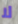
لا